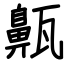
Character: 齀